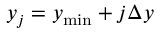
y _ { j } = y _ { \operatorname* { m i n } } + j \Delta y